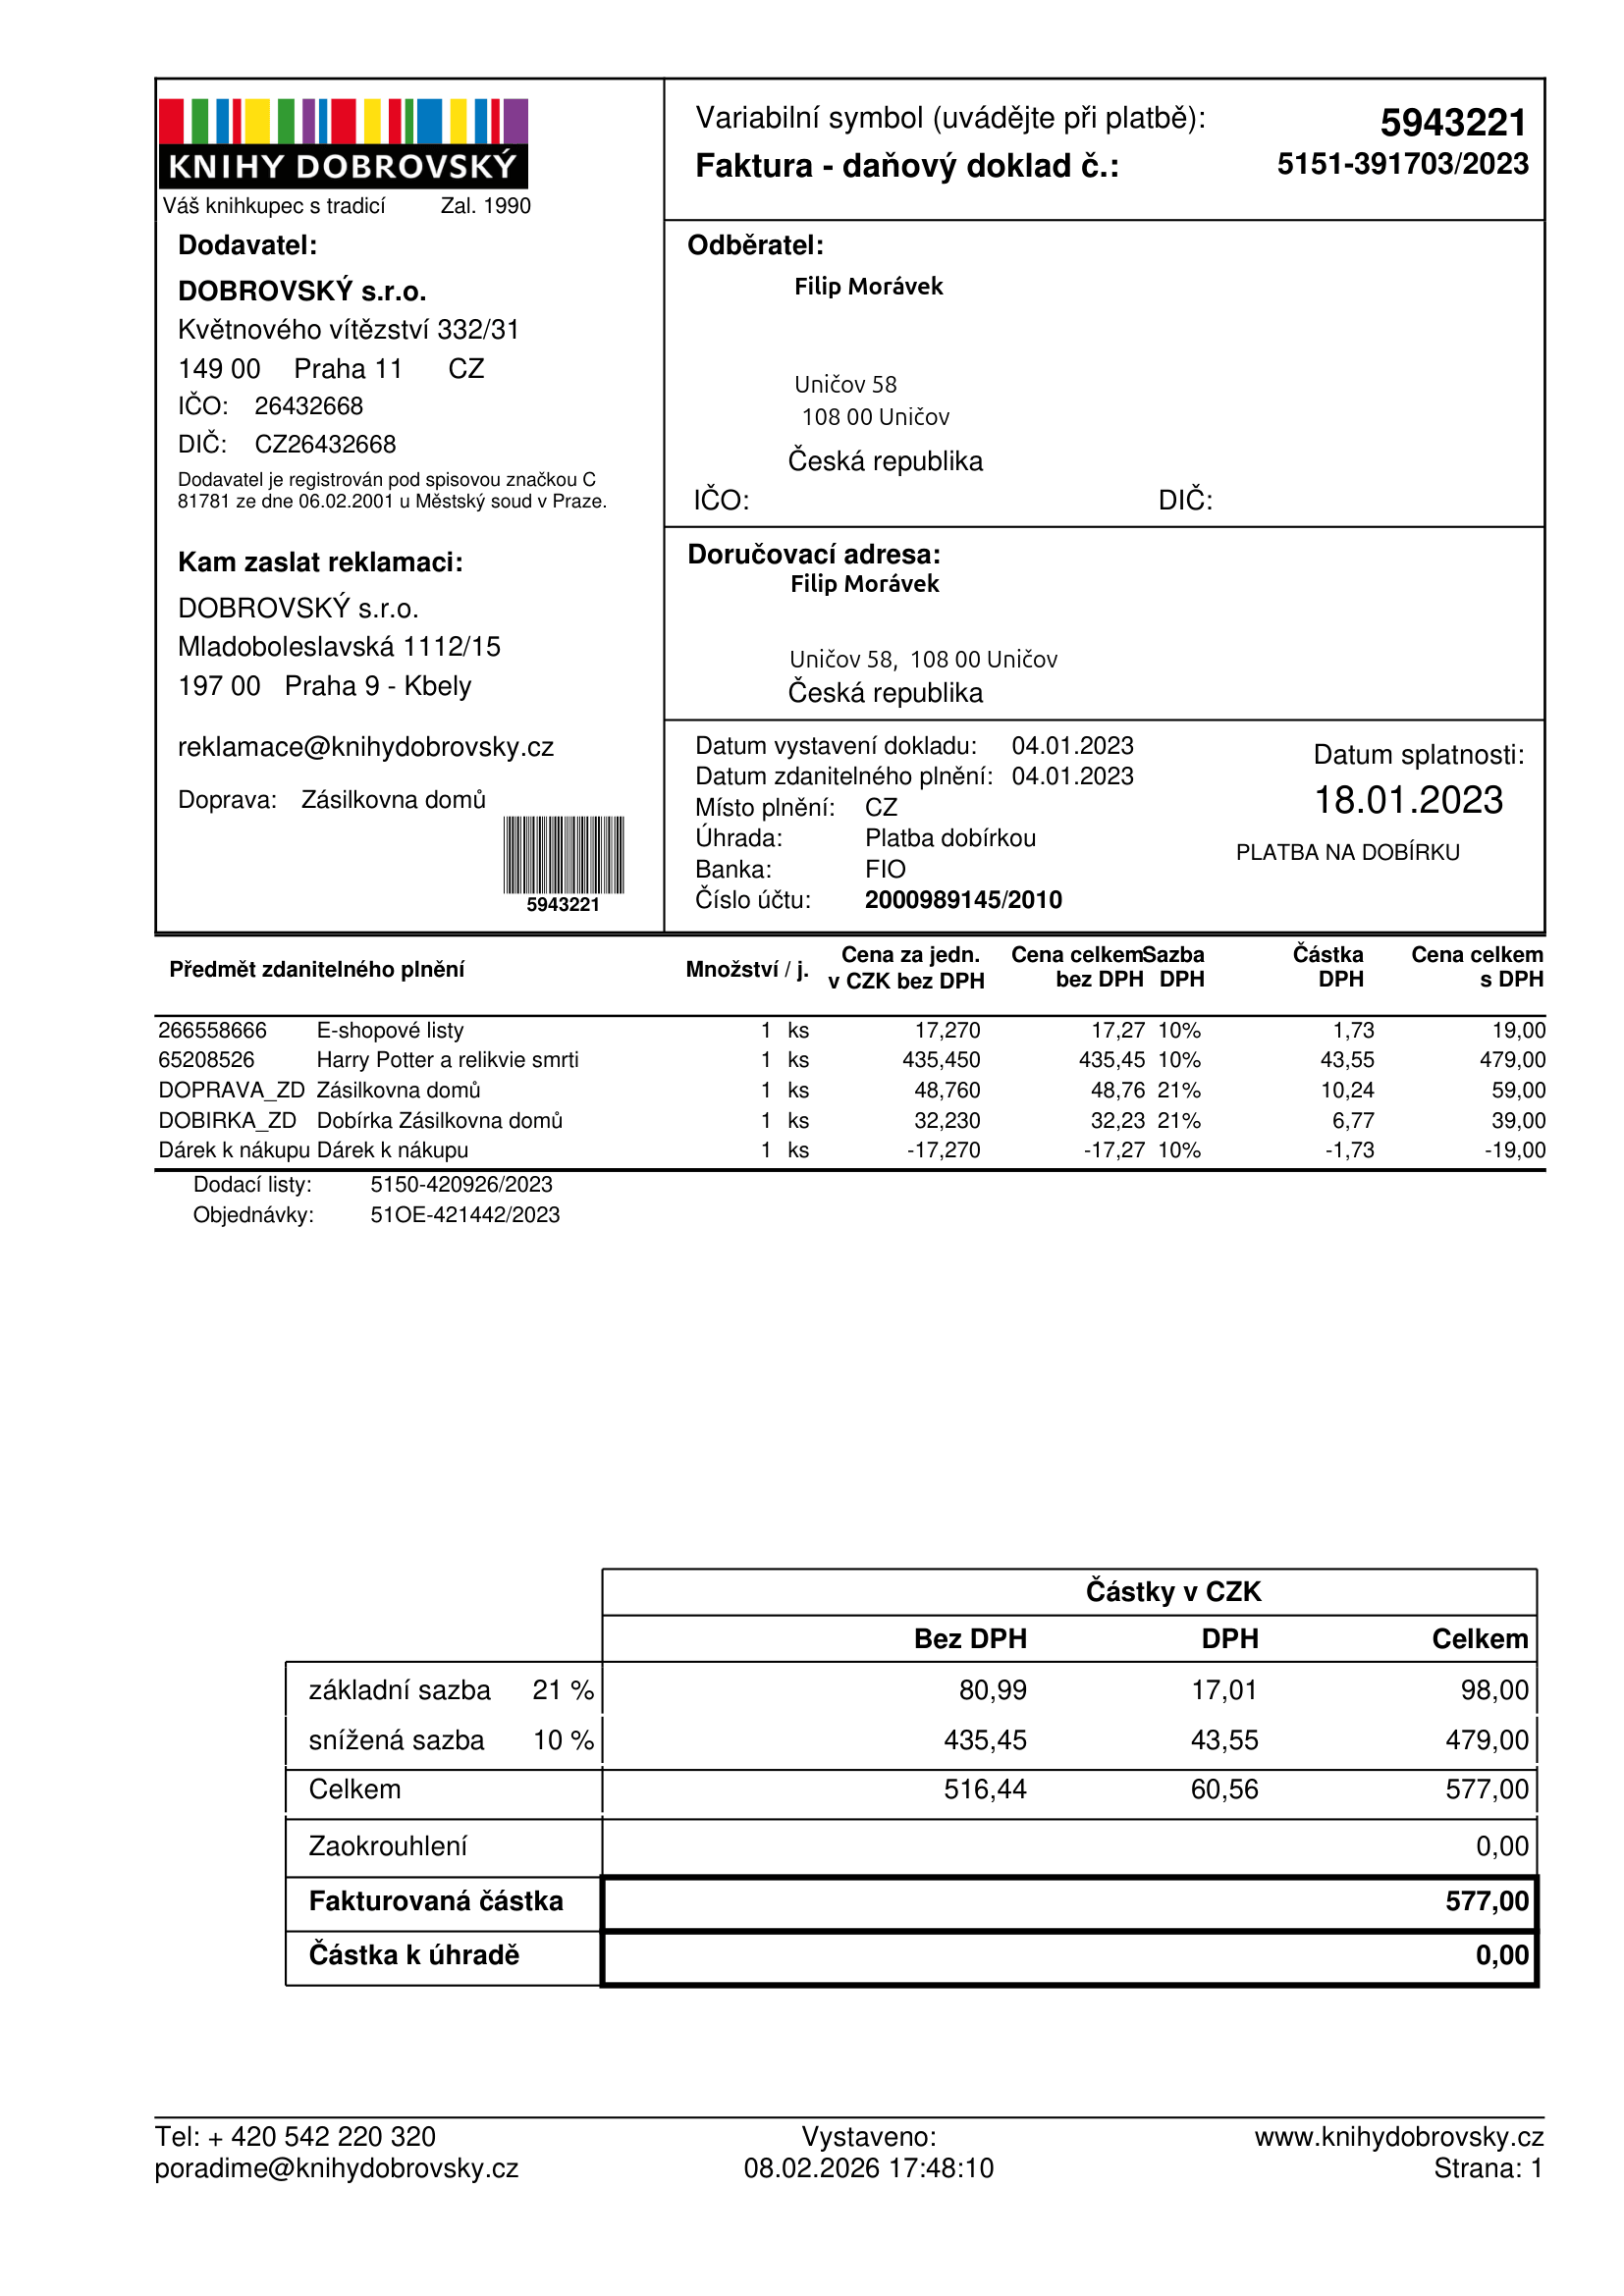
invoice_number: 5151-391703/2023
supp_register_id: 26432668
supp_tax_id: CZ26432668
issue_date: 04.01.2023
taxable_supply_date: 04.01.2023
due_date: 18.01.2023
payment_type: PLATBA NA DOBÍRKU
bank_account_number: 2000989145/2010
variable_symbol: 5943221
total: 577,00